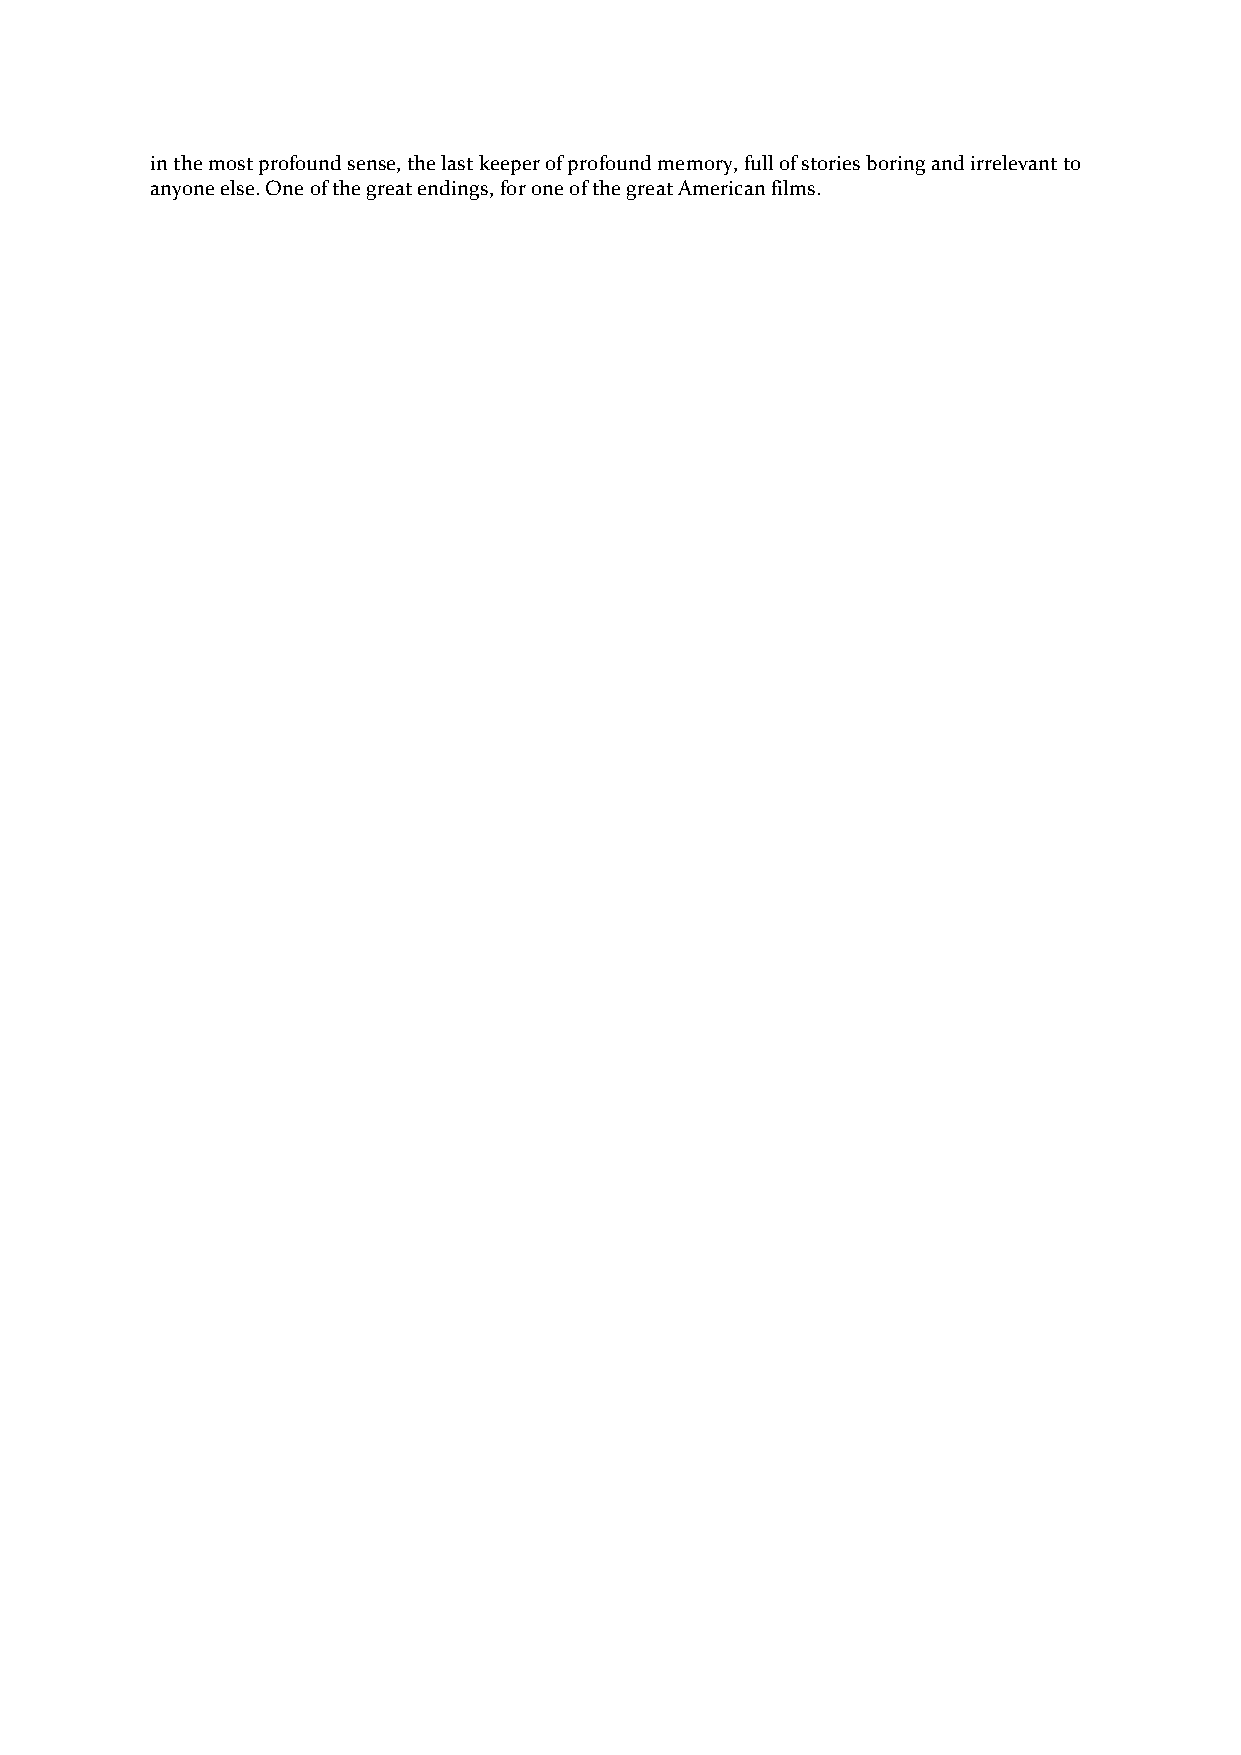
in the most profound sense, the last keeper of profound memory, full of stories boring and irrelevant to
 anyone else. One of the great endings, for one of the great American films.